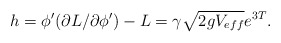
\begin{align*}h=\phi'(\partial L/\partial\phi')-L=\gamma\sqrt{2gV_{eff}} e^{3T}.\end{align*}